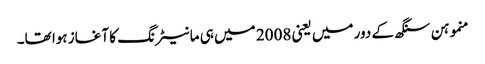
منموہن سنگھ کے دور میں یعنی 2008 میں ہی مانیٹرنگ کا آغاز ہوا تھا۔